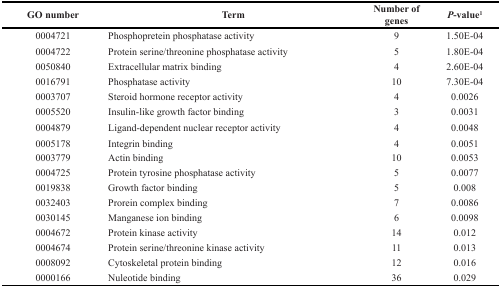
| GO number | Term | Number of genes | P-value1 |
 | --- | --- | --- | --- |
 | 0004721 | Phosphopretein phosphatase activity | 9 | 1.50E-04 |
 | 0004722 | Protein serine/threonine phosphatase activity | 5 | 1.80E-04 |
 | 0050840 | Extracellular matrix binding | 4 | 2.60E-04 |
 | 0016791 | Phosphatase activity | 10 | 7.30E-04 |
 | 0003707 | Steroid hormone receptor activity | 4 | 0.0026 |
 | 0005520 | Insulin-like growth factor binding | 3 | 0.0031 |
 | 0004879 | Ligand-dependent nuclear receptor activity | 4 | 0.0048 |
 | 0005178 | Integrin binding | 4 | 0.0051 |
 | 0003779 | Actin binding | 10 | 0.0053 |
 | 0004725 | Protein tyrosine phosphatase activity | 5 | 0.0077 |
 | 0019838 | Growth factor binding | 5 | 0.008 |
 | 0032403 | Prorein complex binding | 7 | 0.0086 |
 | 0030145 | Manganese ion binding | 6 | 0.0098 |
 | 0004672 | Protein kinase activity | 14 | 0.012 |
 | 0004674 | Protein serine/threonine kinase activity | 11 | 0.013 |
 | 0008092 | Cytoskeletal protein binding | 12 | 0.016 |
 | 0000166 | Nuleotide binding | 36 | 0.029 |